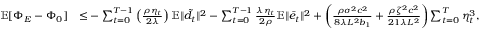
\begin{array} { r l } { \mathbb { E } [ \Phi _ { E } - \Phi _ { 0 } ] } & { { \leq } - \sum _ { t = 0 } ^ { T - 1 } \left( \frac { \rho \eta _ { t } } { 2 \lambda } \right) \mathbb { E } \| \tilde { d } _ { t } \| ^ { 2 } - \sum _ { t = 0 } ^ { T - 1 } \frac { \lambda \eta _ { t } } { 2 \rho } \mathbb { E } \| \bar { e } _ { t } \| ^ { 2 } + \bigg ( \frac { \rho \sigma ^ { 2 } c ^ { 2 } } { 8 \lambda L ^ { 2 } b _ { 1 } } + \frac { \rho \zeta ^ { 2 } c ^ { 2 } } { 2 1 \lambda L ^ { 2 } } \bigg ) \sum _ { t = 0 } ^ { T } \eta _ { t } ^ { 3 } , } \end{array}